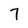
Character: 7